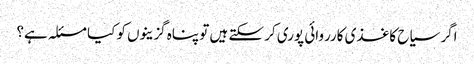
اگر سیاح کاغذی کارروائی پوری کر سکتے ہیں تو پناہ گزینوں کو کیا مسئلہ ہے؟